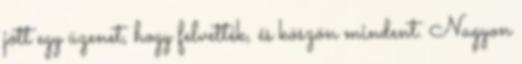
jött egy üzenet, hogy felvették, és köszön mindent. Nagyon